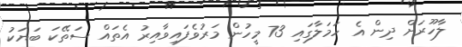
ލާހޫރަށް ދިން އެ ހަމަލާގައި 73 މީހުން މަރުވެފައިވާއިރު އެތައް ސަތޭކަ ބަޔަކު